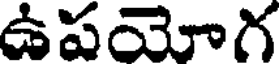
ఉపయోగ